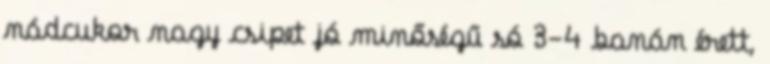
nádcukor nagy csipet jó minőségű só 3-4 banán érett,